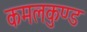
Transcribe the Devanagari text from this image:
कमलकुण्ड